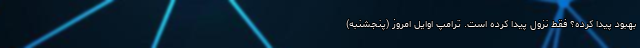
بهبود پیدا کرده؟ فقط نزول پیدا کرده است. ترامپ اوایل امروز (پنجشنبه)